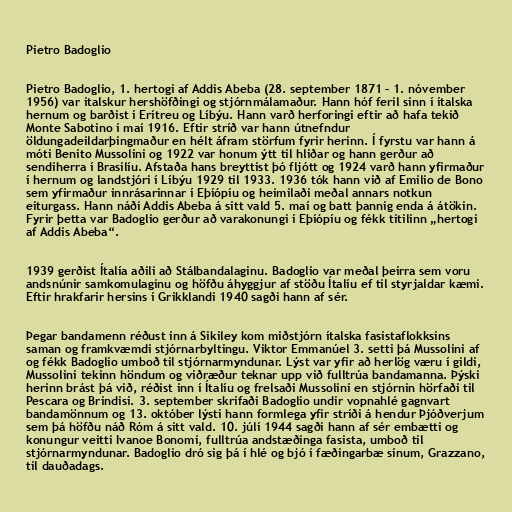
Pietro Badoglio

Pietro Badoglio, 1. hertogi af Addis Abeba (28. september 1871 – 1. nóvember
1956) var ítalskur hershöfðingi og stjórnmálamaður. Hann hóf feril sinn í ítalska
hernum og barðist í Erítreu og Líbýu. Hann varð herforingi eftir að hafa tekið
Monte Sabotino í maí 1916. Eftir stríð var hann útnefndur
öldungadeildarþingmaður en hélt áfram störfum fyrir herinn. Í fyrstu var hann á
móti Benito Mussolini og 1922 var honum ýtt til hliðar og hann gerður að
sendiherra í Brasilíu. Afstaða hans breyttist þó fljótt og 1924 varð hann yfirmaður
í hernum og landstjóri í Líbýu 1929 til 1933. 1936 tók hann við af Emilio de Bono
sem yfirmaður innrásarinnar í Eþíópíu og heimilaði meðal annars notkun
eiturgass. Hann náði Addis Abeba á sitt vald 5. maí og batt þannig enda á átökin.
Fyrir þetta var Badoglio gerður að varakonungi í Eþíópíu og fékk titilinn „hertogi
af Addis Abeba“.

1939 gerðist Ítalía aðili að Stálbandalaginu. Badoglio var meðal þeirra sem voru
andsnúnir samkomulaginu og höfðu áhyggjur af stöðu Ítalíu ef til styrjaldar kæmi.
Eftir hrakfarir hersins í Grikklandi 1940 sagði hann af sér.

Þegar bandamenn réðust inn á Sikiley kom miðstjórn ítalska fasistaflokksins
saman og framkvæmdi stjórnarbyltingu. Viktor Emmanúel 3. setti þá Mussolini af
og fékk Badoglio umboð til stjórnarmyndunar. Lýst var yfir að herlög væru í gildi,
Mussolini tekinn höndum og viðræður teknar upp við fulltrúa bandamanna. Þýski
herinn brást þá við, réðist inn í Ítalíu og frelsaði Mussolini en stjórnin hörfaði til
Pescara og Brindisi. 3. september skrifaði Badoglio undir vopnahlé gagnvart
bandamönnum og 13. október lýsti hann formlega yfir stríði á hendur Þjóðverjum
sem þá höfðu náð Róm á sitt vald. 10. júlí 1944 sagði hann af sér embætti og
konungur veitti Ivanoe Bonomi, fulltrúa andstæðinga fasista, umboð til
stjórnarmyndunar. Badoglio dró sig þá í hlé og bjó í fæðingarbæ sínum, Grazzano,
til dauðadags.